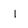
Character: I